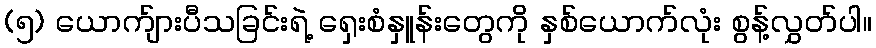
(၅) ယောက်ျားပီသခြင်းရဲ့ ရှေးစံနှူန်းတွေကို နှစ်ယောက်လုံး စွန့်လွှတ်ပါ။